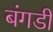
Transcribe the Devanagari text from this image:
बंगडी